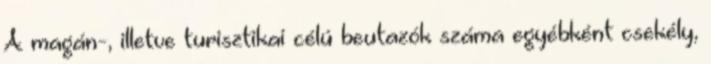
A magán-, illetve turisztikai célú beutazók száma egyébként csekély,